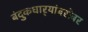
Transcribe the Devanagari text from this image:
बंदुकधार्‍यांबरोबर